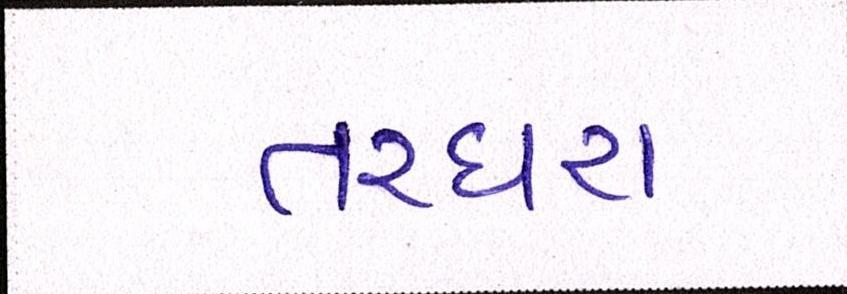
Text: તરઘરા